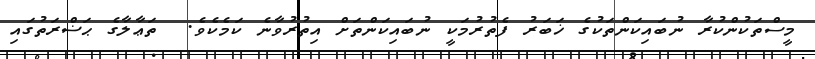
މީސްތަކުންކުރާ ނުބައިކަންތަކުގެ ޚަބަރު ފެތުރުމަކީ ނުބައިކަންތަށް އިތުރުވާނެ ކަމެކެވެ.  ތަޢާލާގެ ޙަޟްރަތުގައި